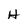
Character: W